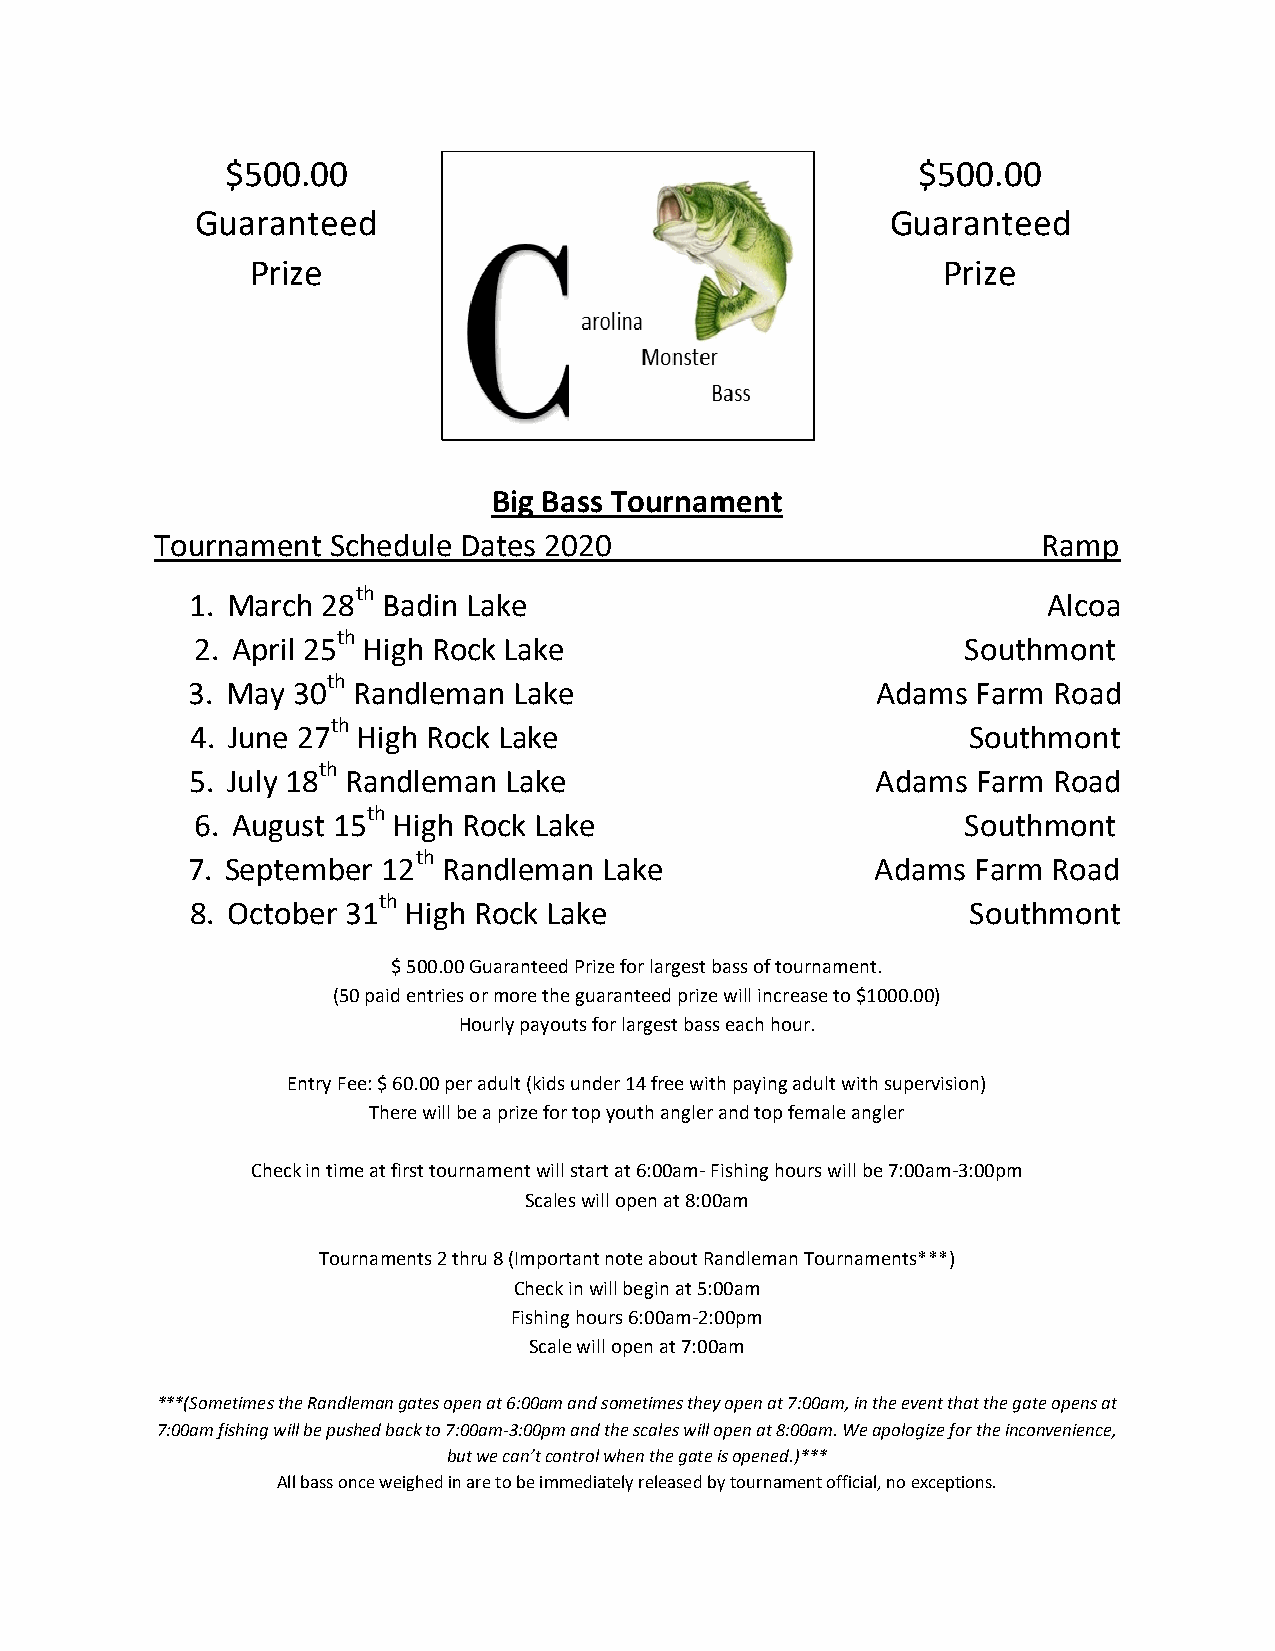
$500.00                                       $ 5 0 0 . 0 0
 Guaranteed                                    G u a r a nteed
 Prize                                        P r i z e
 Big Bass Tournament
 Tournament  Schedule Dates 2020                            Ramp
 1. March
 28th
 Badin Lake                                  Alcoa
 2. April
 25th
 High Rock Lake                          Southmont
 3. May
 30th
 Randleman  Lake                    Adams  Farm Road
 4. June
 27th
 High Rock Lake                          Southmont
 5. July
 18th
 Randleman Lake                     Adams  Farm Road
 6. August
 15th
 High Rock Lake                        Southmont
 7. September
 12th
 Randleman  Lake              Adams  Farm Road
 8. October
 31th
 High Rock Lake                       Southmont
 $ 500.00 Guaranteed Prize for largest bass of tournament.
 (50 paid entries or more the guaranteed prize will increase to $1000.00)
 Hourly payouts for largest bass each hour.
 Entry Fee: $ 60.00 per adult (kids under 14 free with paying adult with supervision)
 There will be a prize for top youth angler and top female angler
 Check in time at first tournament will start at 6:00am- Fishing hours will be 7:00am-3:00pm
 Scales will open at 8:00am
 Tournaments 2 thru 8 (Important note about Randleman Tournaments***)
 Check in will begin at 5:00am
 Fishing hours 6:00am-2:00pm
 Scale will open at 7:00am
 ***(Sometimes the Randleman gates open at 6:00am and sometimes they open at 7:00am, in the event that the gate opens at
 7:00am fishing will be pushed back to 7:00am-3:00pm and the scales will open at 8:00am. We apologize for the inconvenience,
 but we can’t control when the gate is opened.)***
 All bass once weighed in are to be immediately released by tournament official, no exceptions.